NAE_kihelkonnakohtute_kirjad_ja_protokollid_1869-1889, lk 4
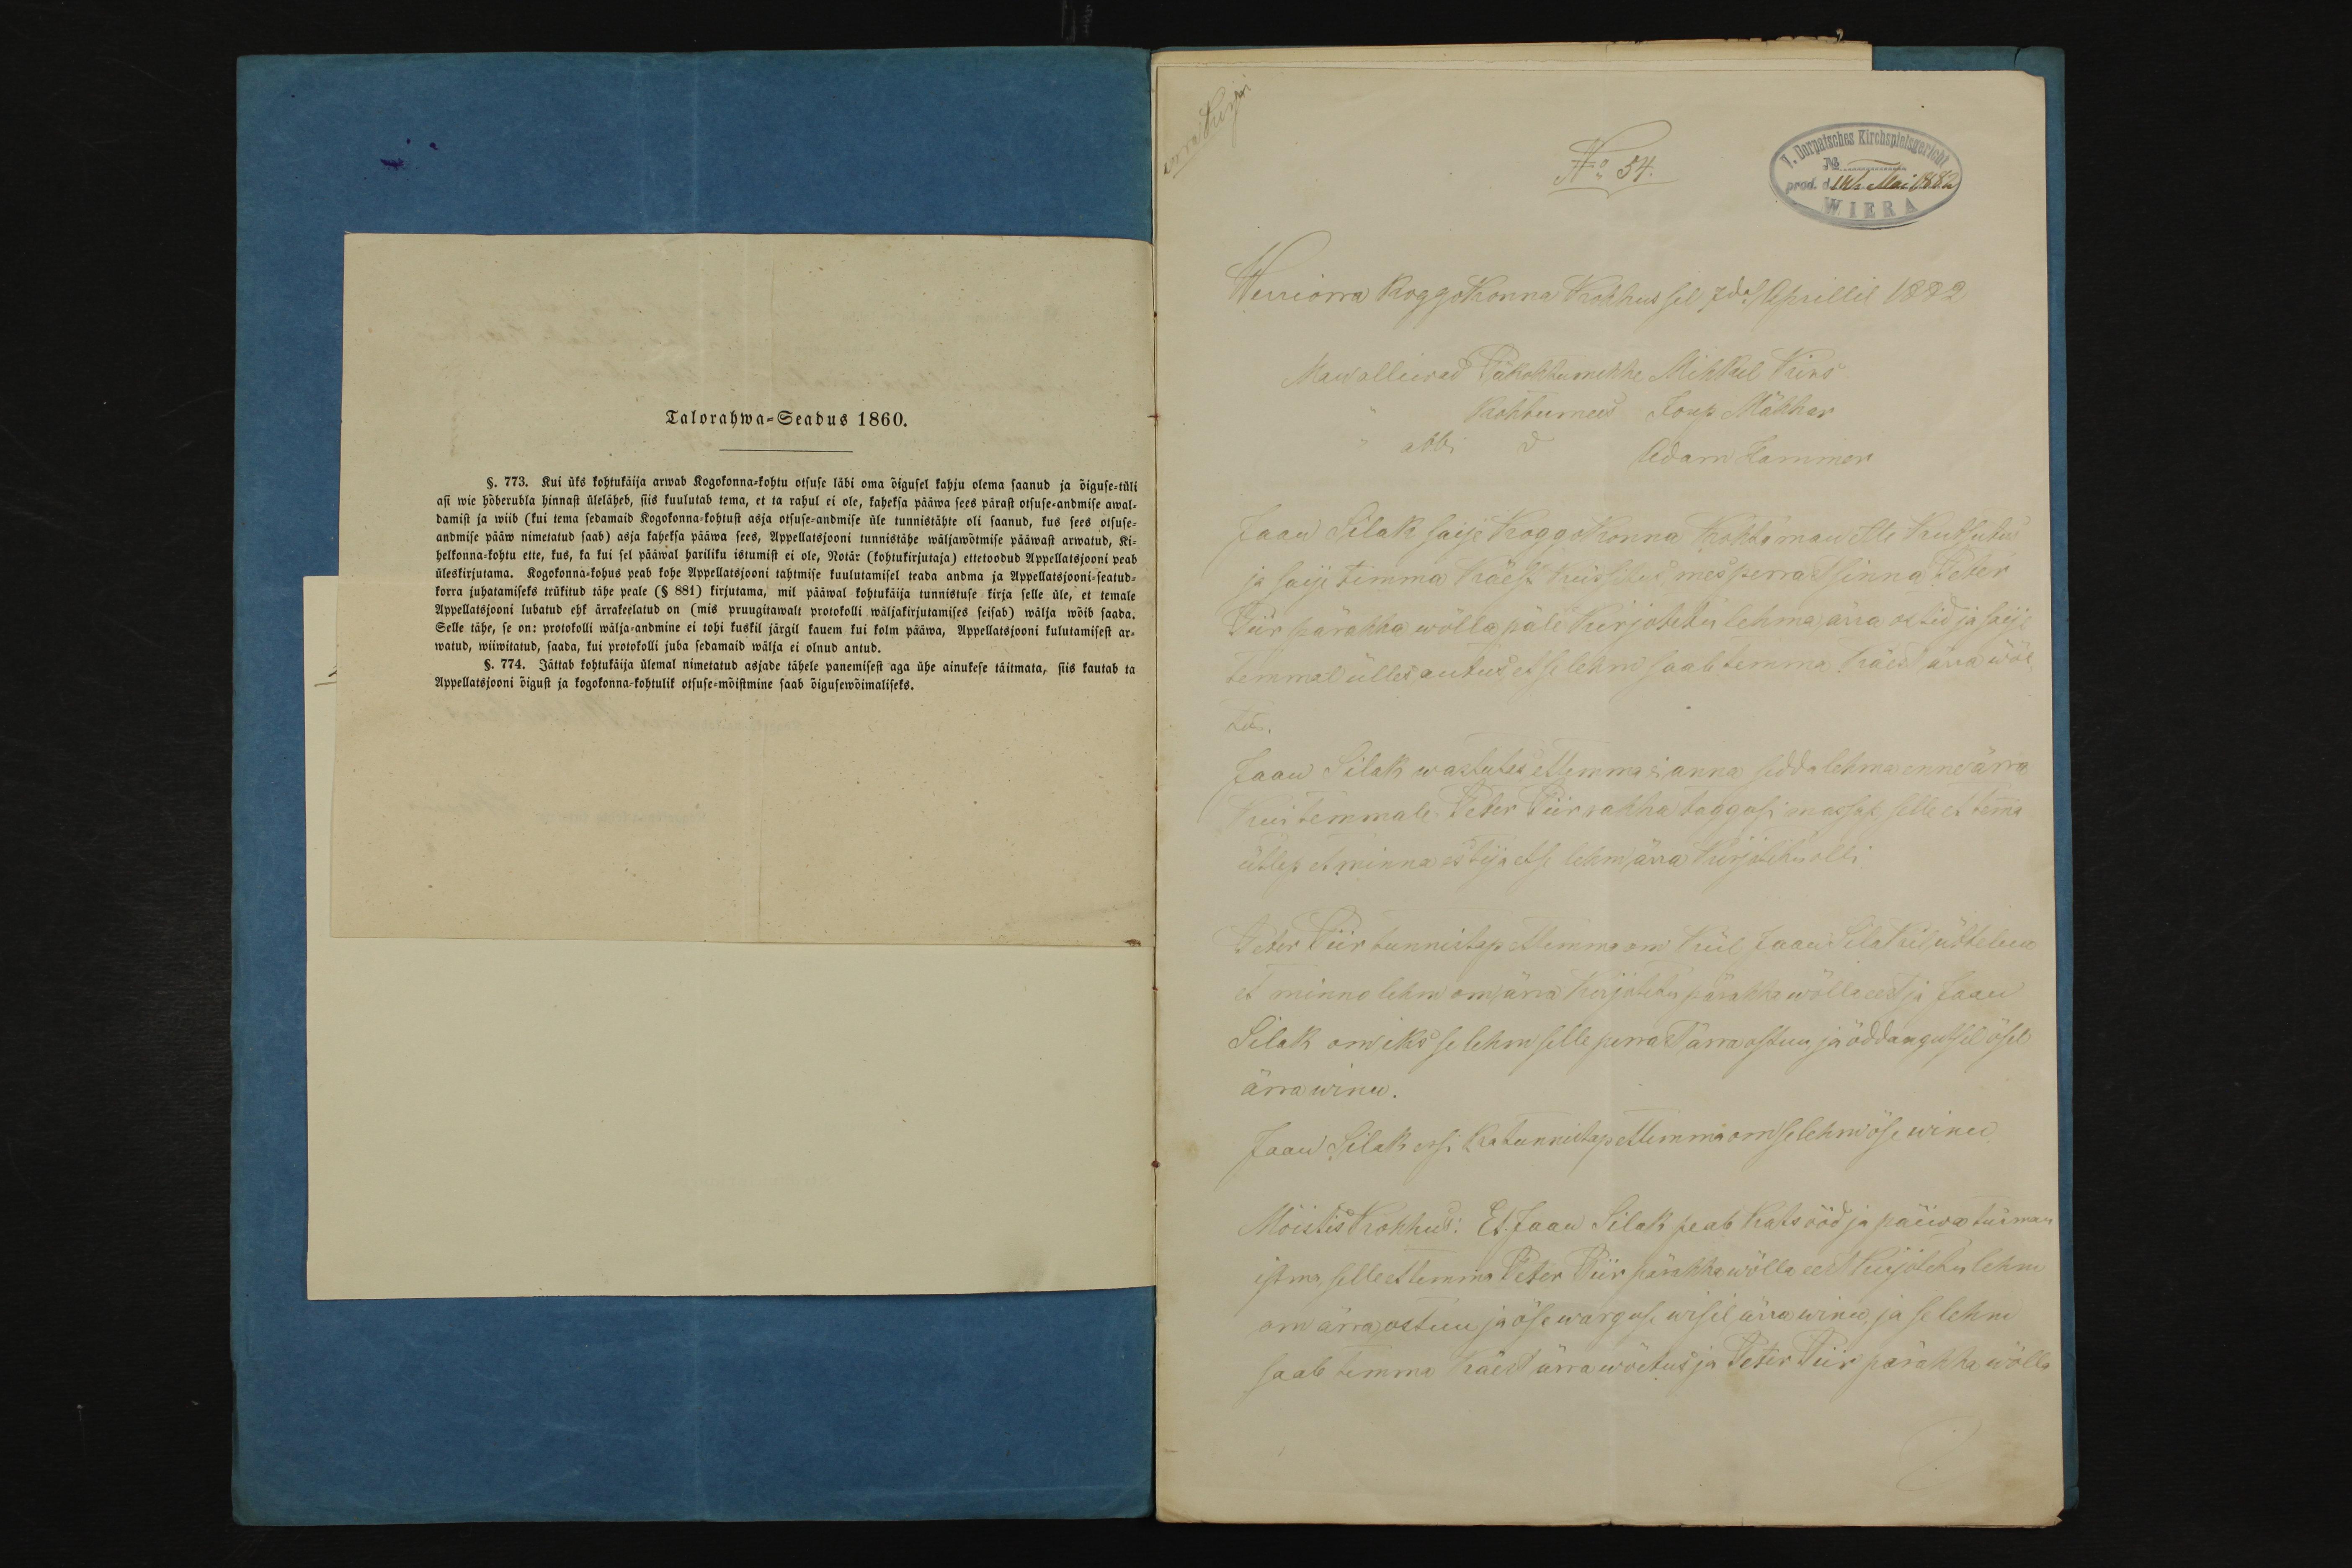
N: 37.
Werriorra koggokonna Kohhus sel 7dal Aprillil 1892
Jaan Silak saije Koggokonna kohtoman ette kutsutud
ja saije temma käest küssitud mesperrast sinna Peter
Piir pärahha wõllapäle kirjotetu lehma ärra ostid ja saije
temmal üllesantud et se lehm saab temma käest ärra wõe-
Jaan Silak wastutas et temma ei anna seda lehma enne ära
Kui temmale teher Peter Piir rahha taggasi massak selle et tema
ütlep et minna ei tija et se lehm ärra kirjottu olli.
Peter Piir tunnistap et temma om kül Jaan Silakil üttelnu
et minno lehm om ära kirjutetu pärahha wõlla eest ja Jaan
Silak omaks se lehm selleperrast ärra ostnu ja õddangutsel ösel
ärra winu.
Jaan Silak essi ka tunnistap et temma om se lehm isse winu
Mõistis Kohhus: Et Jaan Silak peab kats ööd ja päiwa tuiman
istma selle et temma Peter Piir pärahha wõlla eest kirjotetu lehm
om ärra ostnu ja öse warguse wisil ärrawinu ja se lehm
saab temma käest ärrawõetus ja Peter Piir pärahha wõlla